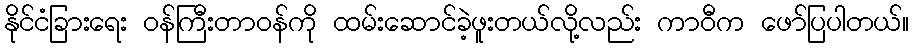
နိုင်ငံခြားရေး ဝန်ကြီးတာဝန်ကို ထမ်းဆောင်ခဲ့ဖူးတယ်လို့လည်း ကာဝီက ဖော်ပြပါတယ်။